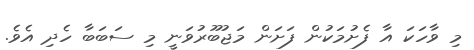
މި ވާހަކަ އާ ފެށުމަކުން ފަށަން މަޖުބޫރުވަނީ މި ސަބަބާ ހެދި އެވެ.